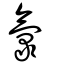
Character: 氯